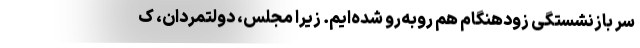
سر بازنشستگی زودهنگام هم روبه‌رو شده‌ایم. زیرا مجلس، دولتمردان، ک